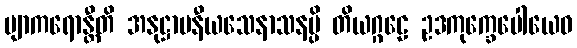
ဗျာကရောန္တီတိ အနုဋ္ဌာပနီယသေနာသနမ္ပိ တိယဂ္ဂဠေ ဥဒကုက္ခေပေါယေဝ